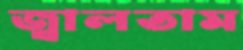
জ্বালতাম